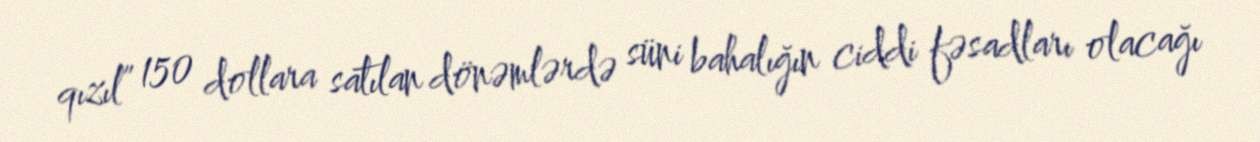
qızıl” 150 dollara satılan dönəmlərdə süni bahalığın ciddi fəsadları olacağı